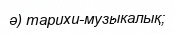
ә) тарихи-музыкалық;